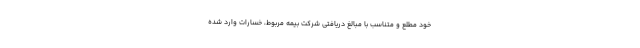
خود مطلع و متناسب با مبالغ دریافتی شرکت بیمه مربوط، خسارات وارد شده